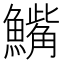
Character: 𫙾